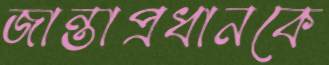
জান্তাপ্রধানকে